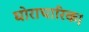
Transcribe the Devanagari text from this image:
घोराचारिक।